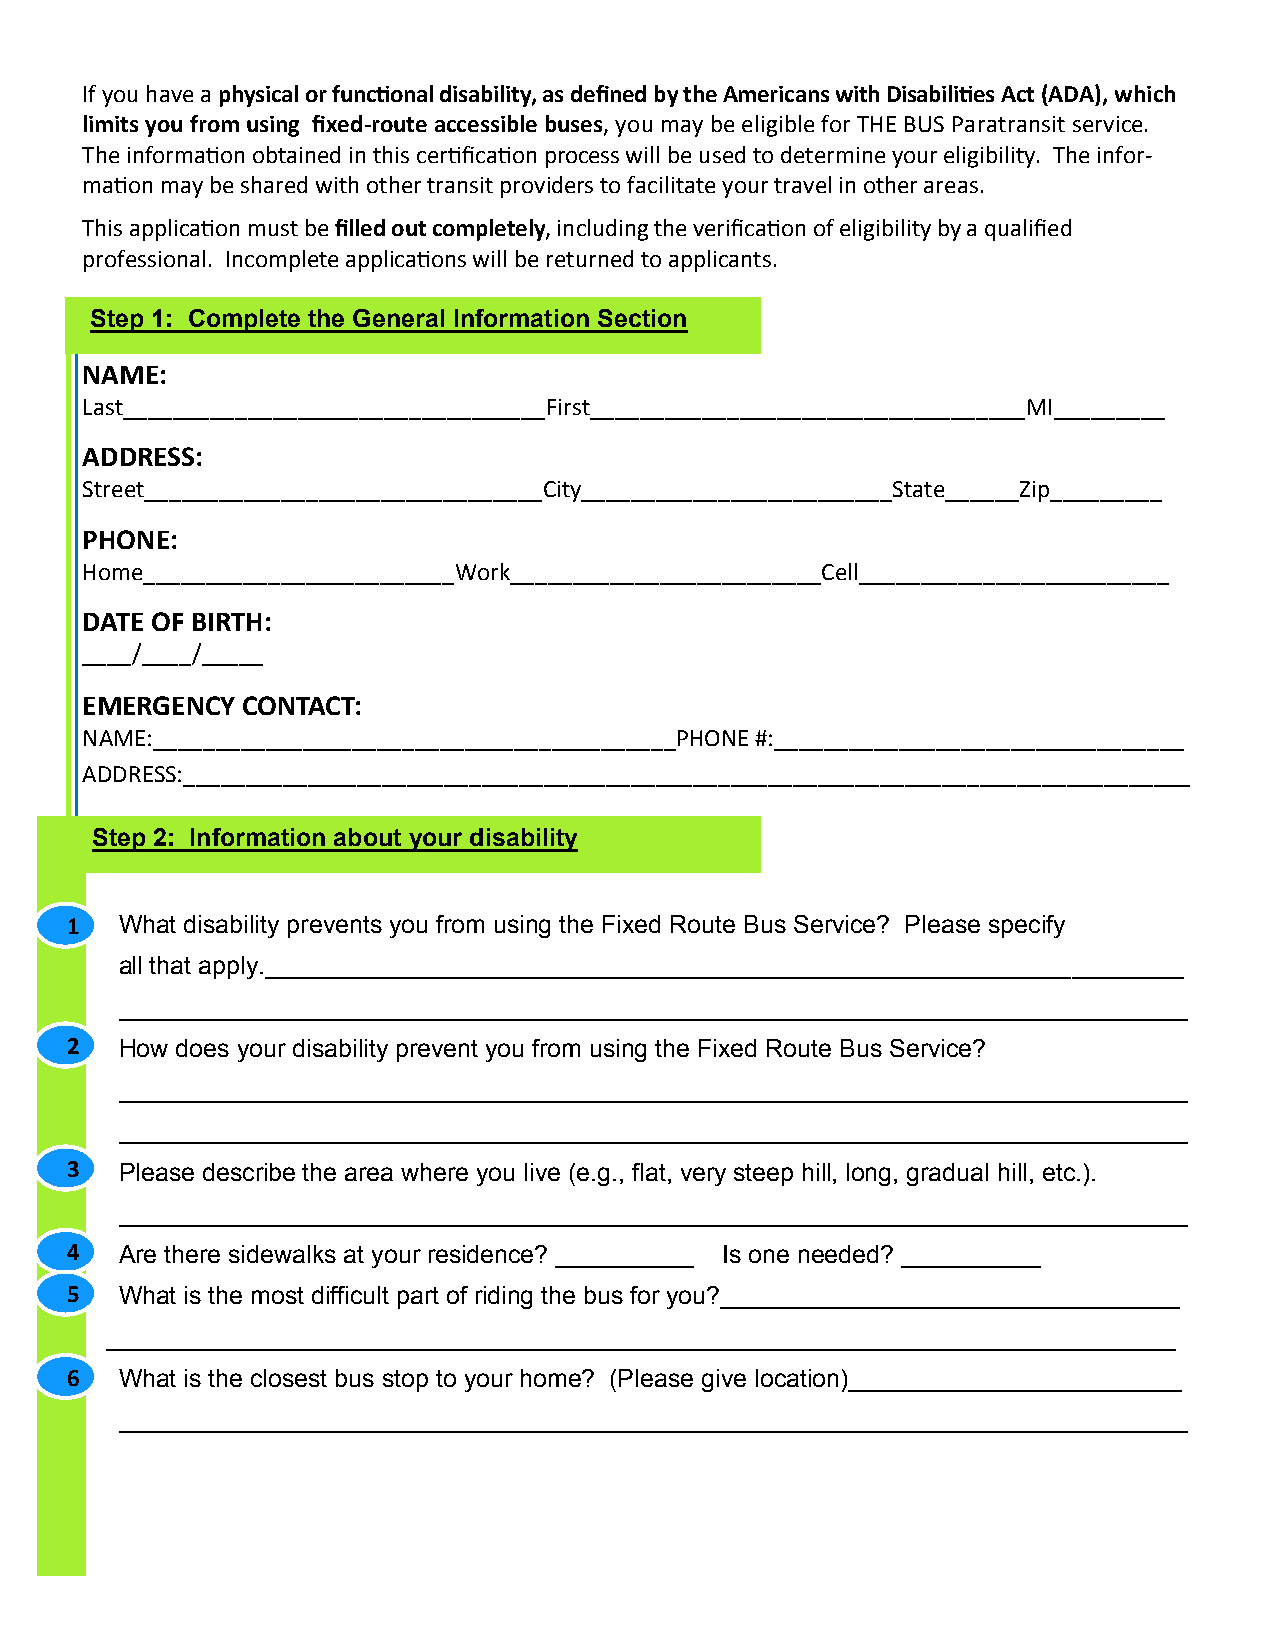
If you have a physical or functional disability, as defined by the Americans with Disabilities Act (ADA), which
 limits you from using fixed-route accessible buses, you may be eligible for THE BUS Paratransit service.
 The information obtained in this certification process will be used to determine your eligibility. The infor-
 mation may be shared with other transit providers to facilitate your travel in other areas.
 This application must be filled out completely, including the verification of eligibility by a qualified
 professional. Incomplete applications will be returned to applicants.
 Step 1: Complete the General Information Section
 NAME:
 Last__________________________________First___________________________________MI_________
 ADDRESS:
 Street________________________________City_________________________State______Zip_________
 PHONE:
 Home_________________________Work_________________________Cell_________________________
 DATE OF BIRTH:
 ____/____/_____
 EMERGENCY  CONTACT:
 NAME:__________________________________________PHONE #:_________________________________
 ADDRESS:_________________________________________________________________________________
 Step 2: Information about your disability
 1   What disability prevents you from using the Fixed Route Bus Service? Please specify
 all that apply.__________________________________________________________________
 _____________________________________________________________________________
 2   How does your disability prevent you from using the Fixed Route Bus Service?
 _____________________________________________________________________________
 _____________________________________________________________________________
 3   Please describe the area where you live (e.g., flat, very steep hill, long, gradual hill, etc.).
 _____________________________________________________________________________
 4   Are there sidewalks at your residence? __________ Is one needed? __________
 5   What is the most difficult part of riding the bus for you?_________________________________
 _____________________________________________________________________________
 6   What is the closest bus stop to your home? (Please give location)________________________
 _____________________________________________________________________________